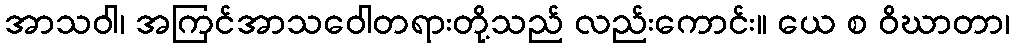
အာသဝါ၊ အကြင်အာသဝေါတရားတို့သည် လည်းကောင်း။ ယေ စ ဝိဃာတာ၊